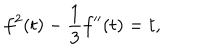
LaTeX: f ^ { 2 } ( t ) - { \frac { 1 } { 3 } } f ^ { \prime \prime } ( t ) = t ,